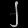
Digit: ၂